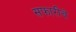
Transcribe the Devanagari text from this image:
सफारीचे